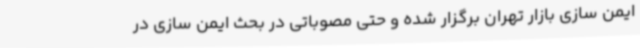
ایمن سازی بازار تهران برگزار شده و حتی مصوباتی در بحث ایمن سازی در